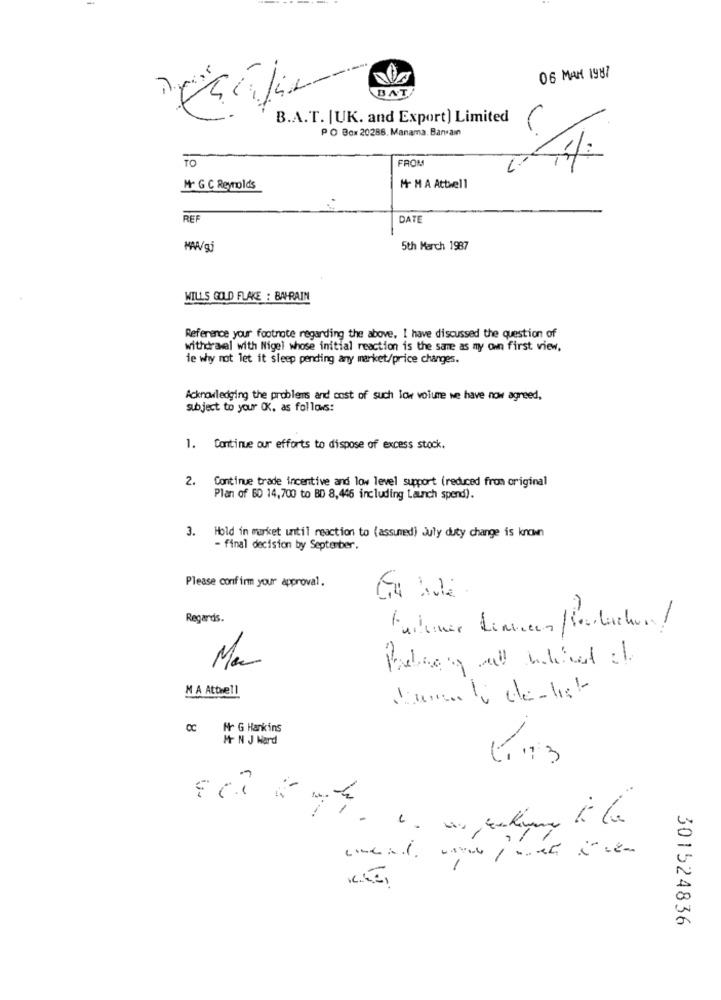
06 MAN 1987
BAT
B.A.T. [UK. and Export) Limited
PO Box 20286. Manama. Barain
TO
FROM
44
Mr G C Reynolds
M- M A Attwell
REF
DATE
MW/gj
5th March 1987
WILLS GOLD FLAKE : BAHRAIN
Reference your footnote regarding the above, I have discussed the question of
withdrawal with Nigel whose initial reaction is the same as my own first view,
de why not let it sleep pending any market/price changes.
Acknowledging the problems and cost of such low volume we have now agreed,
subject to your (K. as follows:
1. Continue our efforts to dispose of excess stock.
2. Continue trade incentive and low level support (reduced from original
Plan of 60 14,700 to BD 8,446 including Launch spend).
3. Hold in market until reaction to (assunred) July duty change is known
- final decision by Septenber.
Please confirm your approval.
V
Regards.
M A Attwell
CC Hr G Hankins
Mr N J Ward
301524836